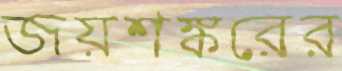
জয়শঙ্করের